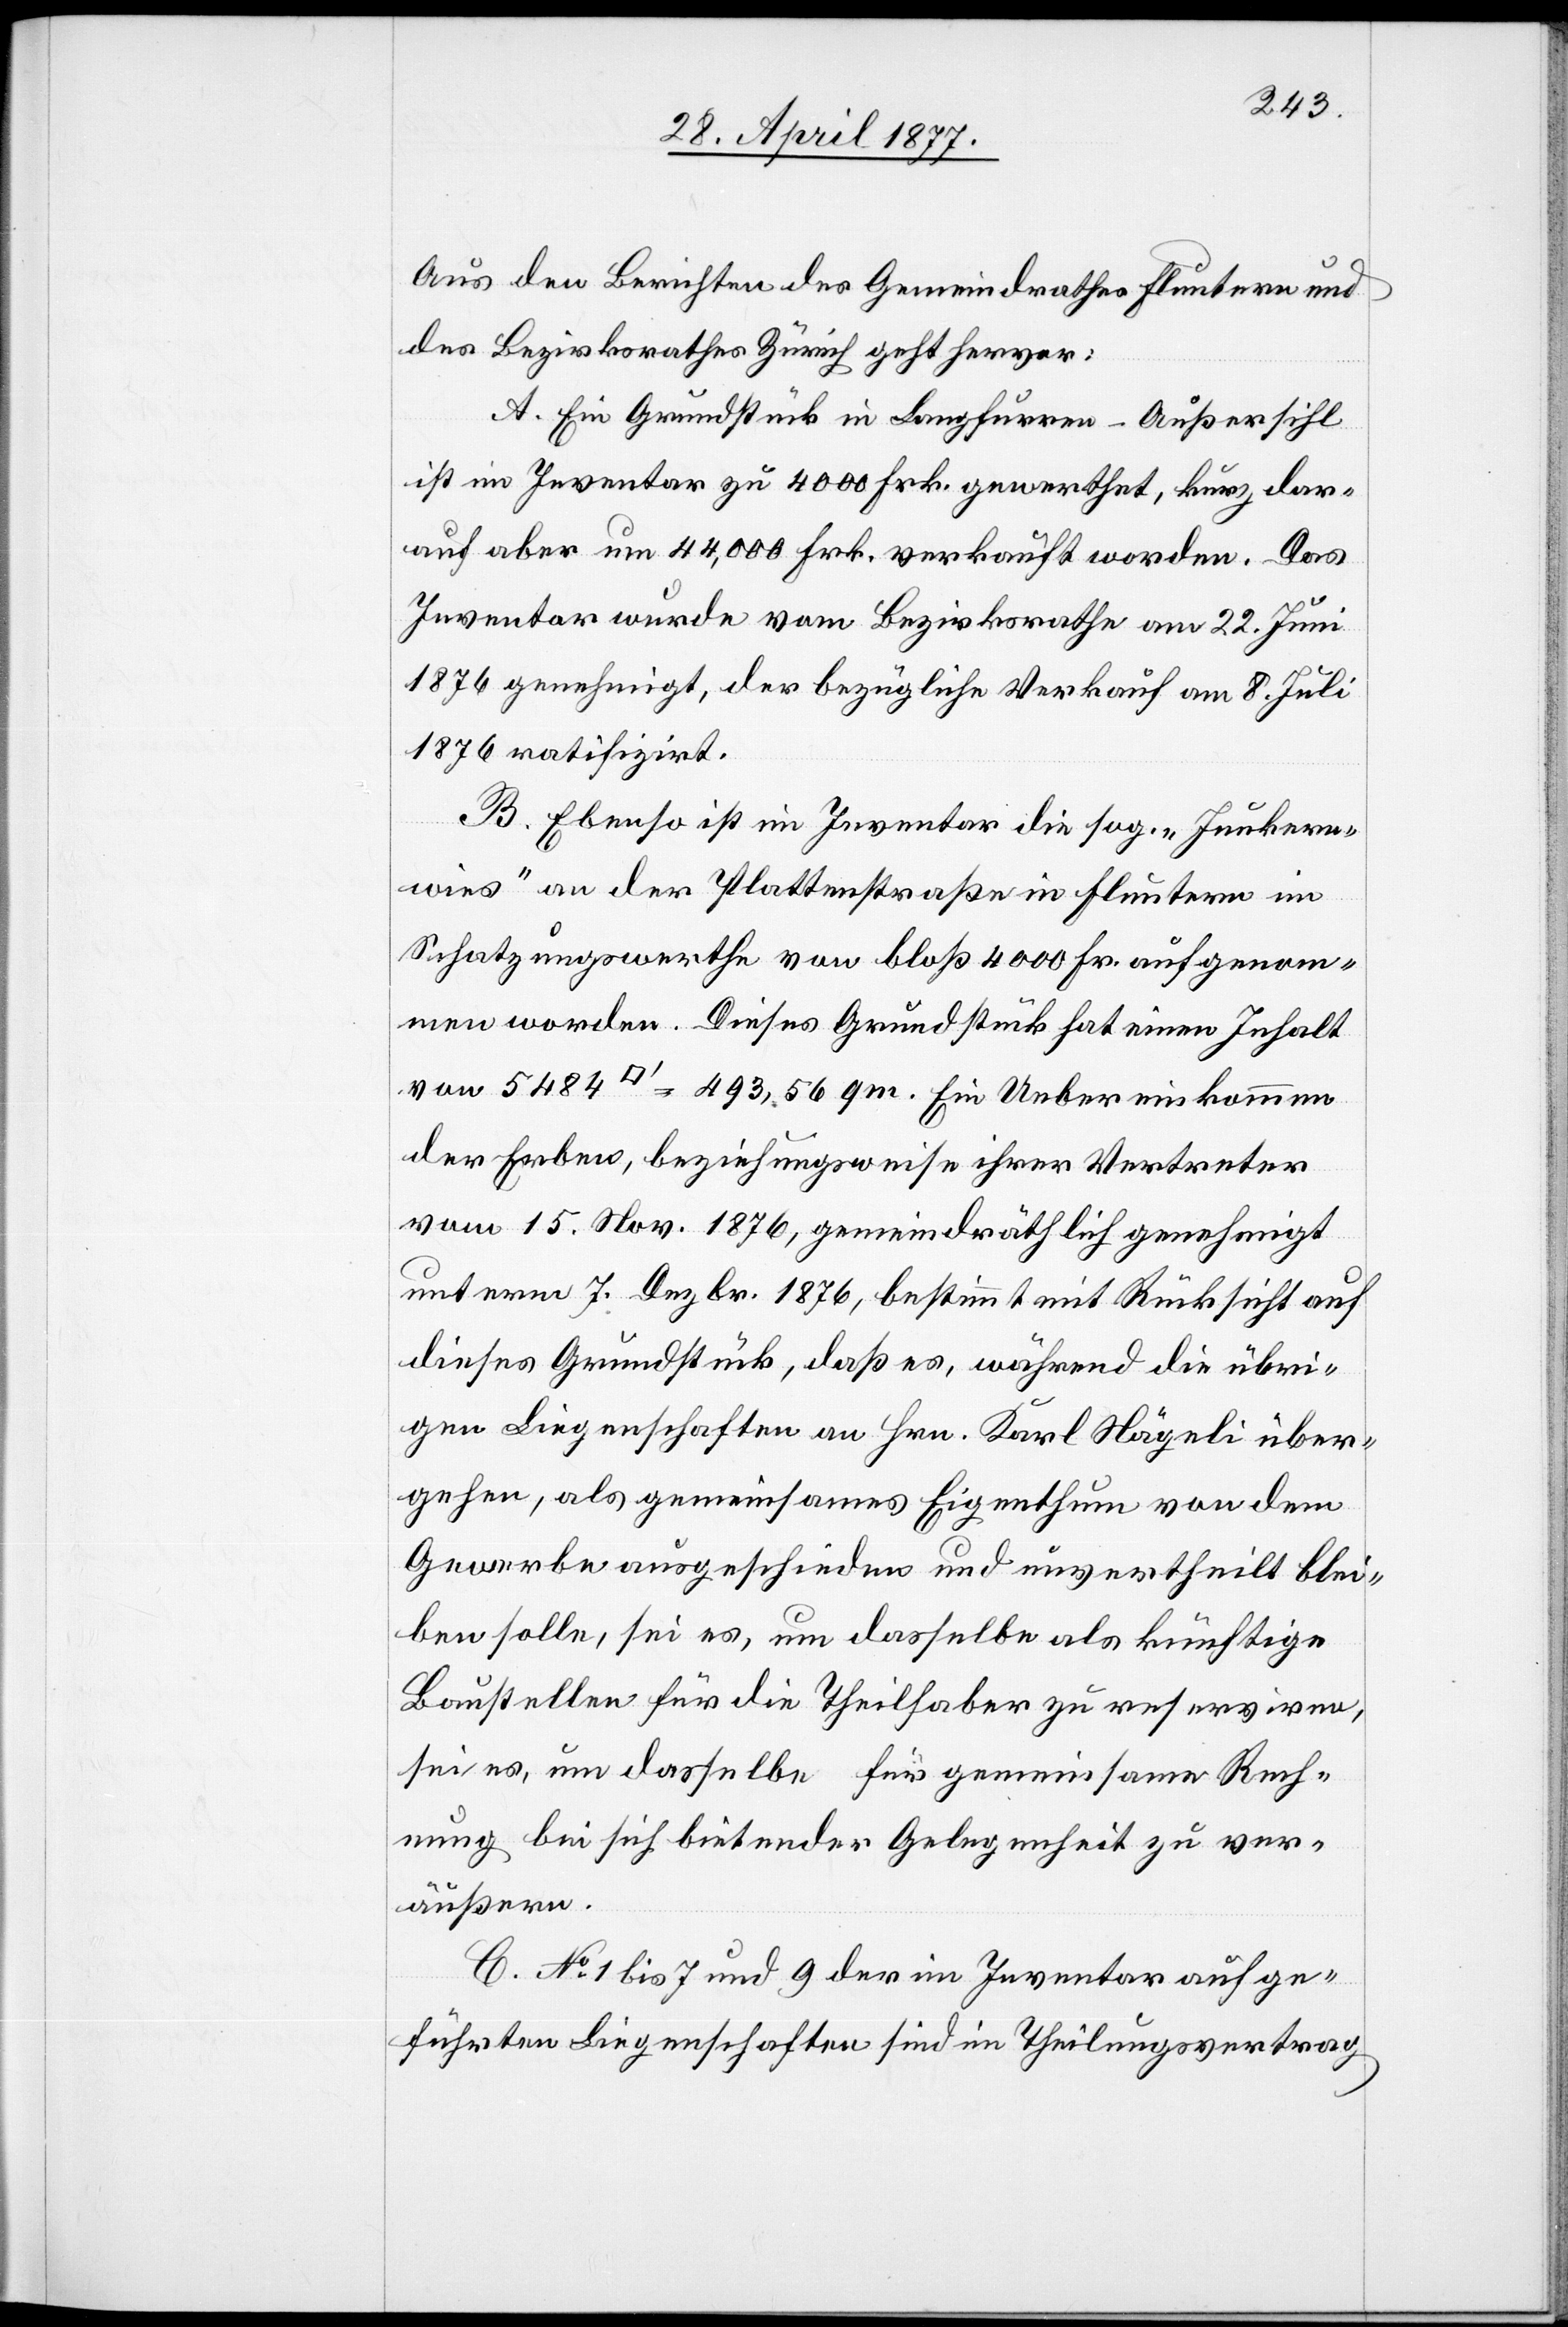
Aus den Berichten des Gemeindrathes Fluntern und
des Bezirksrathes Zürich geht hervor:
A. Ein Grundstück in Langfurren - Außersihl
ist im Inventar zu 4000 Frk. gewerthet, kurz dar¬
auf aber um 44,000 Frk. verkauft worden. Das
Inventar wurde vom Bezirksrathe am 22. Juni
1876 genehmigt, der bezügliche Verkauf am 8. Juli
1876 ratifizirt.
B. Ebenso ist im Inventar die sog. „Junkern¬
wies“ an der Plattenstraße in Fluntern im
Schatzungswerthe von bloß 4000 Fr. aufgenom¬
men worden. Dieses Grundstück hat einen Inhalt
von 5484 [Quadratfuss] = 493,56 qm. Ein Uebereinkommen
der Erben, beziehungsweise ihrer Vertreter
vom 15. Nov. 1876, gemeindräthlich genehmigt
unterm 7. Dezbr. 1876, bestimmt mit Rücksicht auf
dieses Grundstück, daß es, während die übri¬
gen Liegenschaften an Hrn. Karl Nägeli über¬
gehen, als gemeinsames Eigenthum von dem
Gewerbe ausgeschieden und unvertheilt blei¬
ben solle, sei es, um dasselbe als künftige
Baustellen für die Theilhaber zu reserviren,
sei es, um dasselbe für gemeinsame Rech¬
nung bei sich bietender Gelegenheit zu ver¬
äußern.
C. No 1 bis 7 und 9 der im Inventar aufge¬
führten Liegenschaften sind im Theilungsvertrag